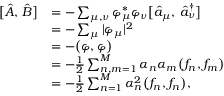
\begin{array} { r l } { \bigl [ \hat { A } , \, \hat { B } \bigr ] } & { = - \sum _ { \mu , \nu } \varphi _ { \mu } ^ { * } \varphi _ { \nu } \bigl [ \hat { a } _ { \mu } , \, \hat { a } _ { \nu } ^ { \dagger } \bigr ] } \\ & { = - \sum _ { \mu } | \varphi _ { \mu } | ^ { 2 } } \\ & { = - \bigl ( \varphi , \varphi \bigr ) } \\ & { = - \frac { 1 } { 2 } \sum _ { n , m = 1 } ^ { M } \alpha _ { n } \alpha _ { m } \bigl ( f _ { n } , f _ { m } \bigr ) } \\ & { = - \frac { 1 } { 2 } \sum _ { n = 1 } ^ { M } \alpha _ { n } ^ { 2 } \bigl ( f _ { n } , f _ { n } \bigr ) , } \end{array}